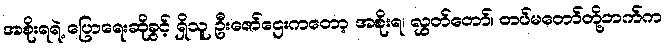
အစိုးရရဲ့ ပြောရေးဆိုခွင့် ရှိသူ ဦးဇော်ဌေးကတော့ အစိုးရ၊ လွှတ်တော်၊ တပ်မတော်တို့ဘက်က